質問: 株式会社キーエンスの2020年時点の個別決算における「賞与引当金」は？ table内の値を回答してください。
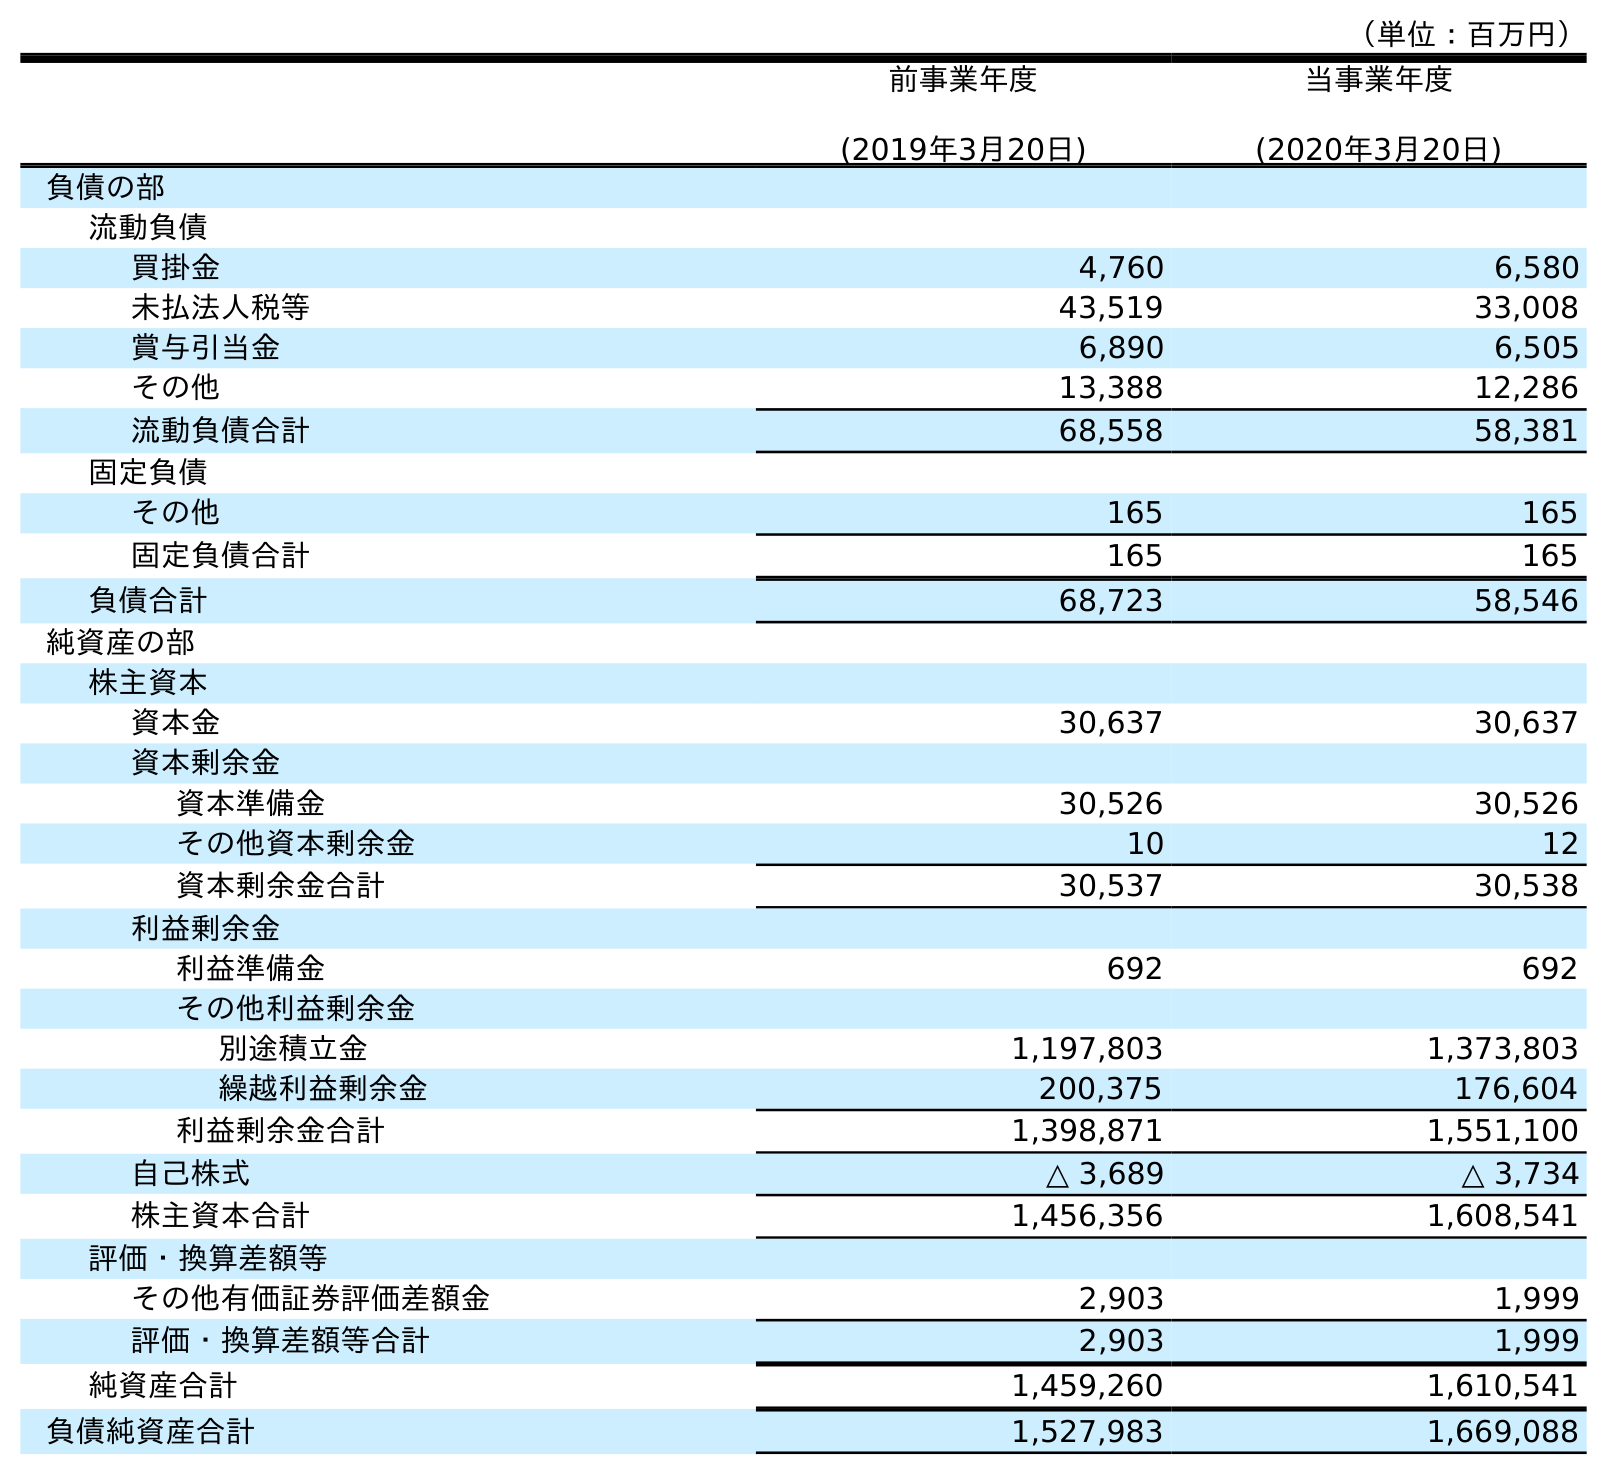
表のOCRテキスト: （単位：百万円） 前事業年度 (2019年3月20日) 当事業年度 (2020年3月20日) 負債の部 流動負債 買掛金 4,760 6,580 未払法人税等 43,519 33,008 賞与引当金 6,890 6,505 その他 13,388 12,286 流動負債合計 68,558 58,381 固定負債 その他 165 165 固定負債合計 165 165 負債合計 68,723 58,546 純資産の部 株主資本 資本金 30,637 30,637 資本剰余金 資本準備金 30,526 30,526 その他資本剰余金 10 12 資本剰余金合計 30,537 30,538 利益剰余金 利益準備金 692 692 その他利益剰余金 別途積立金 1,197,803 1,373,803 繰越利益剰余金 200,375 176,604 利益剰余金合計 1,398,871 1,551,100 自己株式 △ 3,689 △ 3,734 株主資本合計 1,456,356 1,608,541 評価・換算差額等 その他有価証券評価差額金 2,903 1,999 評価・換算差額等合計 2,903 1,999 純資産合計 1,459,260 1,610,541 負債純資産合計 1,527,983 1,669,088
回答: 6,505